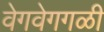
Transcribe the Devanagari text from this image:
वेगवेगगळी